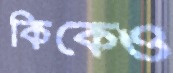
কিকেও